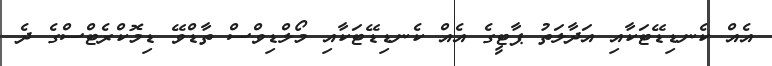
އެއް ކެނޑިޑޭޓަކާއި އަދާލަތު ޕާޓީގެ އެއް ކެނޑިޑޭޓަކާއި މޯލްޑިވްސް ތާޑްވޭ ޑިމޮކްރެޓްސްގެ ދެ